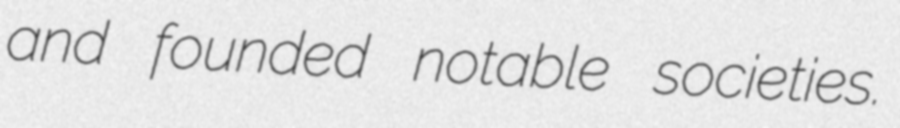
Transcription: and founded notable societies.